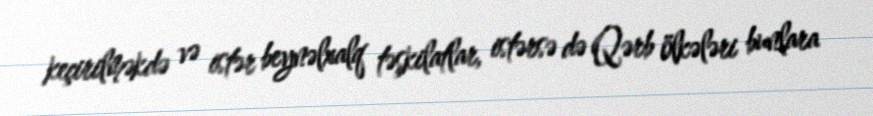
keçirilməkdə və istər beynəlxalq təşkilatlar, istərsə də Qərb ölkələri bunlara